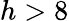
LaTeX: h>8